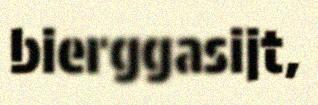
bierggasijt,